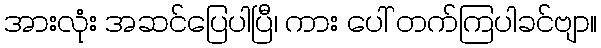
အားလုံး အဆင်ပြေပါပြီ၊ ကား ပေါ် တက်ကြပါခင်ဗျာ။